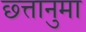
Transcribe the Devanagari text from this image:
छ्त्तानुमा